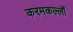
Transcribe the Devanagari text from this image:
करमकल्लों